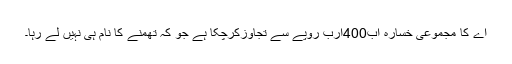
اے کا مجموعی خسارہ اب400ارب روپے سے تجاوزکرچکا ہے جو کہ تھمنے کا نام ہی نہیں لے رہا۔